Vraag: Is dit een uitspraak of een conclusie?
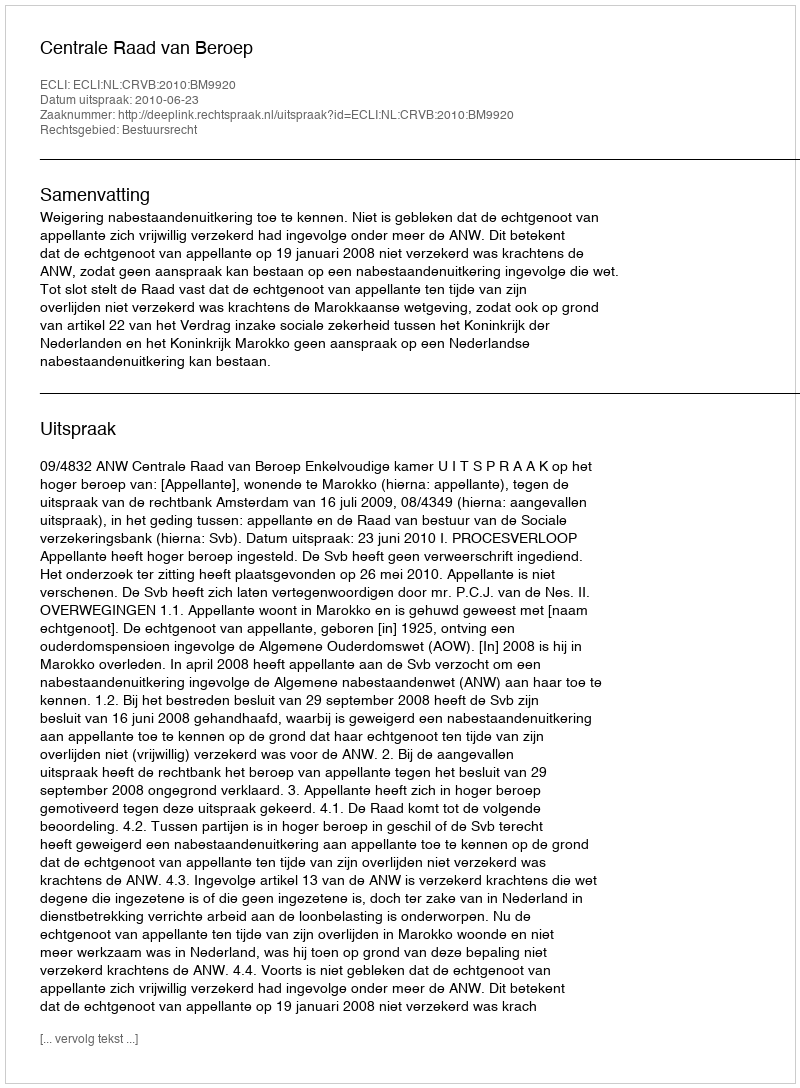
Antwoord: Uitspraak